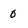
Character: 0